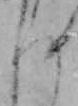
ち